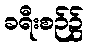
ခရီးစဉ်၌